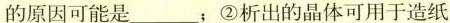
的原因可能是___；②析出的晶体可用于造纸